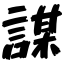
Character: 謀